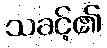
သခင့်၏